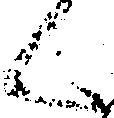
候